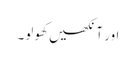
اور آنکھیں کھولو۔